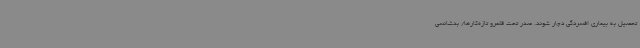
تحصیل به بیماری افسردگی دچار شوند. صدر تحت قلمرو تازه‌کارها/ بدشانسی